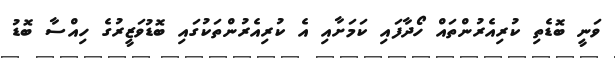
ވަނީ ބޮޑެތި ކުރިއެރުންތައް ހޯދާފައި ކަމަށާއި އެ ކުރިއެރުންތަކުގައި ބޮޑުވަޒީރުގެ ހިއްސާ ބޮޑު